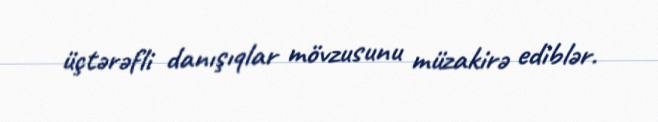
üçtərəfli danışıqlar mövzusunu müzakirə ediblər.